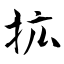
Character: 拡